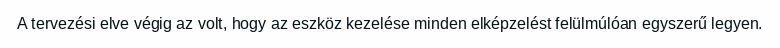
A tervezési elve végig az volt, hogy az eszköz kezelése minden elképzelést felülmúlóan egyszerű legyen.